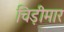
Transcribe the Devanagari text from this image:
चिड़ीमार